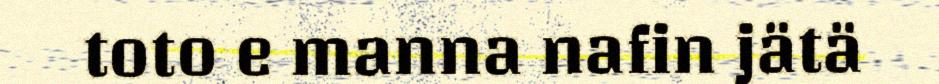
toto e manna nafin jätä